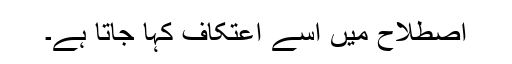
اصطلاح میں اِسے اعتکاف کہا جاتا ہے۔